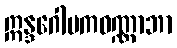
ဣန္ဒဂေါပကဝဏ္ဏာဘာ